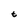
Character: t